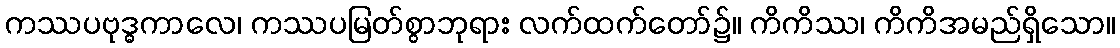
ကဿပဗုဒ္ဓကာလေ၊ ကဿပမြတ်စွာဘုရား လက်ထက်တော်၌။ ကိကိဿ၊ ကိကိအမည်ရှိသော။